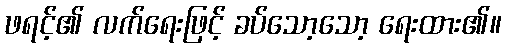
ဖရင့်၏ လက်ရေးဖြင့် ခပ်သော့သော့ ရေးထား၏။